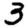
Digit: 3